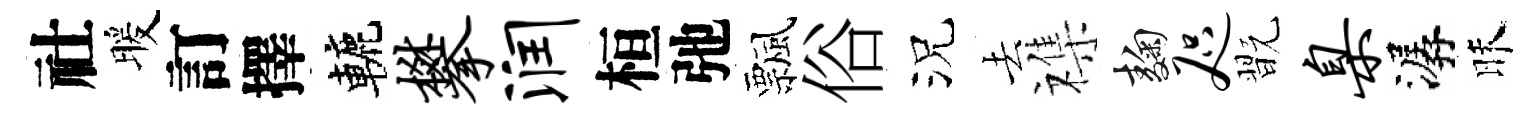
社暖訂擇轆攀润桓弛飄俗況去襍麹咫翫臬潺昧